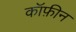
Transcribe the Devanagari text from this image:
कॉफ़ीन